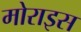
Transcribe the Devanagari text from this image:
मोराइस